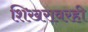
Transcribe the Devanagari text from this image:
शिखरावरही